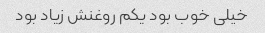
خیلی خوب بود یکم روغنش زیاد بود